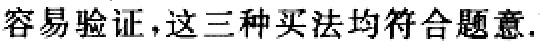
容易验证，这三种买法均符合题意.